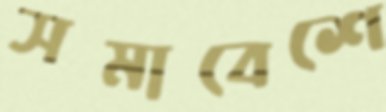
সমাবেশে